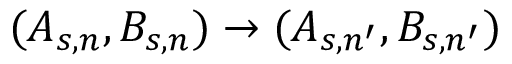
( A _ { s , n } , B _ { s , n } ) \rightarrow ( A _ { s , n ^ { \prime } } , B _ { s , n ^ { \prime } } )